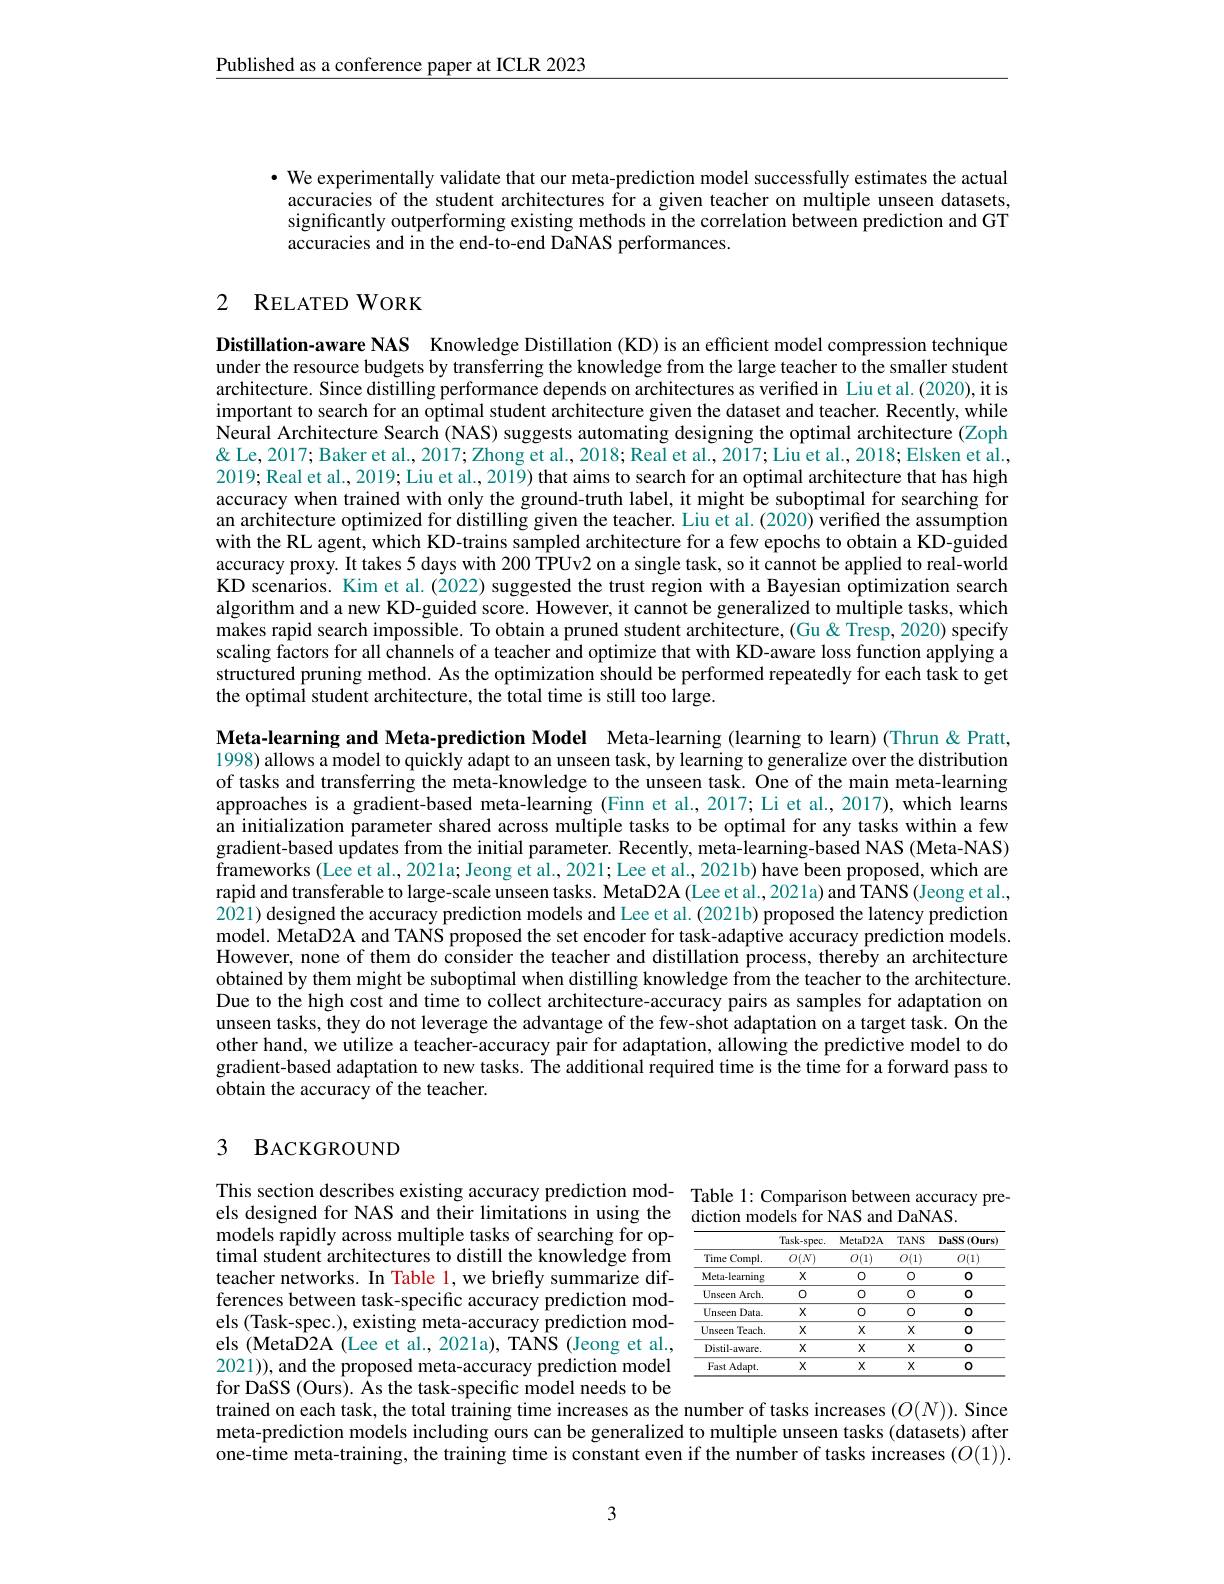
Published as a conference paper at ICLR 2023

· We experimentally validate that our meta-prediction model successfully estimates the actual
accuracies of the student architectures for a given teacher on multiple unseen datasets, significantly outperforming existing methods in the correlation between prediction and GT accuracies and in the end-to-end DaNAS performances.

# 2 RELATED WORK

Distillation-aware NAS Knowledge Distillation (KD) is an efficient model compression technique under the resource budgets by transferring the knowledge from the large teacher to the smaller student architecture. Since distilling performance depends on architectures as verified in Liu et al.(2020), it is important to search for an optimal student architecture given the dataset and teacher. Recently, while Neural Architecture Search (NAS) suggests automating designing the optimal architecture (Zoph & ' Baker et al., 2017; Zhong et al., 2018; Real et al., 2017; Liu et al., 2018; Elsken et al., 2019; Real et al., 2019; Liu et al., 2019) that aims to search for an optimal architecture that has high accuracy when trained with only the ground-truth label, it might be suboptimal for searching for an architecture optimized for distilling given the teacher. Liu et al. (2020) verified the assumption with the RL agent, which KD-trains sampled architecture for a few epochs to obtain a KD-guided accuracy proxy. It takes 5 days with 200 TPUv2 on a single task, so it cannot be applied to real-world KD scenarios. Kim et al.(2022) suggested the trust region with a Bayesian optimization search algorithm and a new KD-guided score. However, it cannot be generalized to multiple tasks, which makes rapid search impossible. To obtain a pruned student architecture, (Gu&Tresp, 2020) specify scaling factors for all channels of a teacher and optimize that with KD-aware loss function applying a structured pruning method. As the optimization should be performed repeatedly for each task to get the optimal student architecture, the total time is still too large.

Meta-learning and Meta-prediction Model Meta-learning (learning to learn) (Thrun &Pratt, 1998) allows a model to quickly adapt to an unseen task, by learning to generalize over the distribution of tasks and transferring the meta-knowledge to the unseen task. One of the main meta-learning approaches is a gradient-based meta-learning (Finn et al., 2017; Li et al., 2017), which learns an initialization parameter shared across multiple tasks to be optimal for any tasks within a few gradient-based updates from the initial parameter. Recently, meta-learning-based NAS (Meta-NAS) frameworks (Lee et al., 2021a; Jeong et al., 2021; Lee et al., 2021b) have been proposed, which are rapid and transferable to large-scale unseen tasks. MetaD2A (Lee et al., 2021a) and TANS (Jeong et al., $2\bar{0}$21) designed the accuracy prediction models and Lee et al. (2021b) proposed the latency prediction model. MetaD2A and TANS proposed the set encoder for task-adaptive accuracy prediction models. However, none of them do consider the teacher and distillation process, thereby an architecture obtained by them might be suboptimal when distilling knowledge from the teacher to the architecture. Due to the high cost and time to collect architecture-accuracy pairs as samples for adaptation on unseen tasks, they do not leverage the advantage of the few-shot adaptation on a target task. On the other hand, we utilize a teacher-accuracy pair for adaptation, allowing the predictive model to do gradient-based adaptation to new tasks. The additional required time is the time for a forward pass to obtain the accuracy of the teacher.

## 3 BACKGROUND

This section describes existing accuracy prediction mod- Table 1: Comparison between accuracy preols dacismad for NAS ond thair limittions in ucina tha
els designed for NAS and their limitations in using the diction models for NAS and DaNAS.

<table>
	<tbody>
		<tr>
			<th> </th>
			<th>Task- spec. </th>
			<th>MetaD2A</th>
			<th>$TANS$</th>
			<th>$DaSS\left(0urs\right)$</th>
		</tr>
		<tr>
			<td>Time $Compl.$</td>
			<td>$O(N)$</td>
			<td>$O(1)$</td>
			<td>$O(1)$</td>
			<td>$O(1)$</td>
		</tr>
		<tr>
			<td>Meta-learning</td>
			<td>$X$</td>
			<td>0</td>
			<td>0</td>
			<td>0</td>
		</tr>
		<tr>
			<td>Unseen Arch.</td>
			<td>0</td>
			<td>0</td>
			<td>0</td>
			<td>0</td>
		</tr>
		<tr>
			<td>Unseen $Data.$</td>
			<td>$X$</td>
			<td>0</td>
			<td>0</td>
			<td>0</td>
		</tr>
		<tr>
			<td>Unseen $Teach.$</td>
			<td>$X$</td>
			<td>$X$</td>
			<td>$X$</td>
			<td>0</td>
		</tr>
		<tr>
			<td>Distil-aware.</td>
			<td>$X$</td>
			<td>$X$</td>
			<td>$X$</td>
			<td>0</td>
		</tr>
		<tr>
			<td>Fast Adapt.</td>
			<td>$X$</td>
			<td>$X$</td>
			<td>$X$</td>
			<td>0</td>
		</tr>
	</tbody>
</table>

models rapidly across multiple tasks of searching for optimal student architectures to distill the knowledge from teacher networks. In Table 1, we briefly summarize differences between task-specific accuracy prediction models (Task-spec.), existing meta-accuracy prediction models (MetaD2A (Lee et al., 2021a), TANS (Jeong et al., 2021)), and the proposed meta-accuracy prediction model for DaSS (Ours). As the task-specific model needs to be trained on each task, the total training time increases as the number of tasks increases $(O(N)).$ Since meta-prediction models including ours can be generalized to multiple unseen tasks (datasets) after $\hat{\text{one-time meta-training, the training time is constant even if the number of tasks increases }(O(1))}.$

3